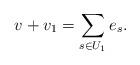
LaTeX: \begin{align*}v+v_1=\sum_{s\in U_1}e_s.\end{align*}